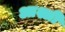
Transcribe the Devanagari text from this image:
आश्ली